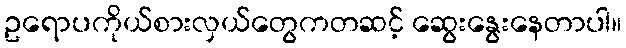
ဥရောပကိုယ်စားလှယ်တွေကတဆင့် ဆွေးနွေးနေတာပါ။